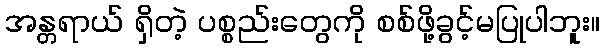
အန္တရာယ် ရှိတဲ့ ပစ္စည်းတွေကို စစ်ဖို့ခွင့်မပြုပါဘူး။